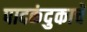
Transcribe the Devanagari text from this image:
पादकंदुकाचे